Lunatic asylums in Bengal annual reports 1912-1924 - 1912-1924
Year: 1912
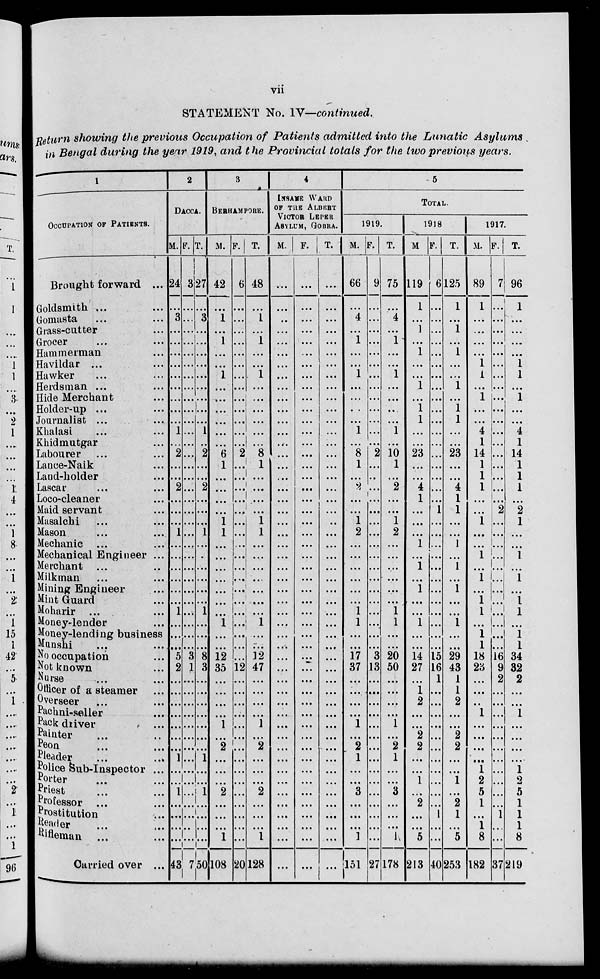
vii
STATEMENT No. IV—continued.
Return showing the previous Occupation of P a t i e n t s admitted into the Lunatic
Asylums
in Bengal during the year 1919, and the Provincial totals for the two previous years.
1
OCCUPATION OF PATIENTS.
Brought forward ...
Goldsmith ... ...
Gomasta ... ...
Grass-cutter ...
Grocer ... ...
Hammerman ...
Havildar ... ...
Hawker ... ...
Herdsman ... ...
Hide Merchant ...
Holder-up ... ...
Journalist ... ...
Khalasi ... ...
Khidmutgar ...
Labourer ... ...
Lance-Naik ...
Land-holder ...
Lascar ... ...
Loco-cleaner ...
Maid servant ... ...
Masalchi ... ...
Mason ... ...
Mechanic ... ...
Mechanical Engineer ...
Merchant ... ...
Milkman ... ...
Mining Engineer ...
Mint Guard ...
Moharir ... ...
Money-lender ...
Money-lending business
Munshi ... ...
No occupation ...
Not known ...
Nurse ... ...
Officer of a steamer ...
Overseer ... ...
Pachni-seller ...
Pack driver ...
Painter ... ...
Peon ... ...
Pleader ... ...
Police Sub-Inspector ...
Porter ... ...
Priest
...
...
Professor ... ...
Prostitution ...
Reader ... ...
Rifleman ... ...
Carried over ...
2
DACCA.
M.
24
...
3
...
...
...
...
...
...
...
...
...
1
...
2
...
...
2
...
...
...
1
...
...
...
...
...
...
1
...
...
...
5
2
...
...
...
...
...
...
...
1
...
...
1
...
...
...
...
43
F.
3
...
...
...
...
...
...
...
...
...
...
...
...
...
...
...
...
...
...
...
...
...
...
...
...
...
...
...
...
...
...
...
3
1
...
...
...
...
...
...
...
...
...
...
...
...
...
...
...
7
T.
27
...
3
...
...
...
...
...
...
...
...
...
1
...
2
...
...
2
...
...
...
1
...
...
...
...
...
...
1
...
...
...
8
3
...
...
...
...
...
...
...
1
...
...
1
...
...
...
...
50
3
BERHAMPORE.
M.
42
...
1
...
1
...
...
1
...
...
...
...
...
...
6
1
...
...
...
...
1
1
...
...
...
...
...
...
...
1
...
...
12
35
...
...
...
...
1
...
2
...
...
...
2
...
...
...
1
108
F.
6
...
...
...
...
...
...
...
...
...
...
...
...
...
2
...
...
...
...
...
...
...
...
...
...
...
...
...
...
...
...
...
...
12
...
...
...
...
...
...
...
...
...
...
...
...
...
...
...
20
T.
48
...
1
...
1
...
...
1
...
...
...
...
...
...
8
1
...
...
...
...
1
1
...
...
...
...
...
...
...
1
...
...
12
47
...
...
...
...
1
...
2
...
...
...
2
...
...
...
1
128
4
INSANE WARD
OF THE ALBERT
VICTOR LEPER
ASYLUM, GOBRA.
M.
...
...
...
...
...
...
...
...
...
...
...
...
...
...
...
...
...
...
...
...
...
...
...
...
...
...
...
...
...
...
...
...
...
...
...
...
...
...
...
...
...
...
...
...
...
...
...
...
...
...
F.
...
...
...
...
...
....
...
...
...
...
...
...
...
...
...
...
....
...
...
...
...
...
...
...
...
...
...
...
...
...
...
...
...
...
...
...
...
...
...
...
...
...
...
...
...
...
...
...
...
...
T.
...
...
...
...
...
...
...
...
...
...
...
...
...
...
...
...
...
...
...
...
...
...
...
...
...
...
...
...
...
...
...
...
...
...
...
...
...
...
...
...
...
...
...
...
...
...
...
...
...
...
5
TOTAL.
1919.
M.
66
...
4
...
1
...
...
1
...
...
...
...
1
...
8
1
...
2
...
...
1
2
...
...
...
...
...
...
1
1
...
...
17
37
...
...
...
...
1
...
2
1
...
...
3
...
...
...
1
151
F.
9
...
...
...
...
...
...
...
...
...
...
...
...
...
2
...
...
...
...
...
...
...
...
...
...
...
...
...
...
...
...
...
3
13
...
...
...
...
...
...
...
...
...
...
...
...
...
...
...
27
T.
75
...
4
...
1
...
...
1
...
...
...
...
1
...
10
1
...
2
...
...
1
2
...
...
...
...
...
...
1
1
...
...
20
50
...
...
...
...
1
...
2
1
...
...
3
...
...
...
1
178
1918.
M.
119
1
...
1
...
1
...
...
1
...
1
1
...
...
23
...
...
4
1
...
...
...
1
...
1
...
1
...
...
1
...
...
14
27
...
1
2
...
...
2
2
...
...
1
...
2
...
...
5
213
F.
6
...
...
...
...
...
...
...
...
...
...
...
...
...
...
...
...
...
...
1
...
...
...
...
...
...
...
...
...
...
...
...
15
16
1
...
...
...
...
...
...
...
...
...
...
...
1
...
...
40
T.
125
1
...
1
...
1
...
...
1
...
1
1
...
...
23
...
...
4
1
1
...
...
1
...
1
...
1
...
...
1
...
...
29
43
1
1
2
...
...
2
2
...
...
1
...
2
1
...
5
253
1917.
M.
89
1
...
...
...
...
1
1
...
1
...
...
4
1
14
1
1
1
...
...
1
...
...
1
...
1
...
1
1
...
1
1
18
23
...
...
...
1
...
...
...
...
1
2
5
1
...
1
8
182
F.
7
...
...
...
...
...
...
...
...
...
...
...
...
...
...
...
...
...
...
2
...
...
...
...
...
...
...
...
...
...
...
...
16
9
2
...
...
...
...
...
...
...
...
...
...
...
1
...
...
37
T.
96
1
...
...
...
...
1
1
...
1
...
...
4
1
14
1
1
1
...
2
1
...
...
1
...
1
...
1
1
...
1
1
34
32
2
...
...
1
...
...
...
...
1
2
5
1
1
1
8
219